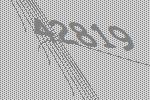
42819